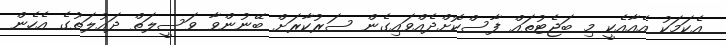
އެކަމަކު އެއާއެކީ މި ބަޖެޓުތައް ފާސްކޮށްދެއްވައިގެން ސަރުކާރަށް ބޭނުންވާ ވަސީލަތް ދައުލަތުގެ އެހެން